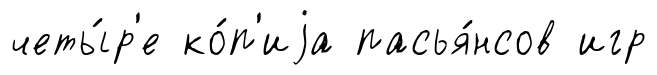
четы́р'е ко́п'иjа пасья́нсов игр